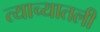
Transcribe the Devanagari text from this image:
त्याच्यातली